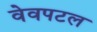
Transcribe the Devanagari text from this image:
वेवपटल